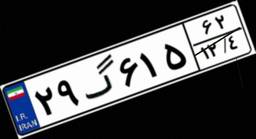
۲۹گ۶۱۵۶۲